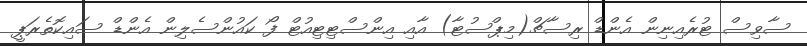
ސާވިސް ޓުރެއިނިން އެންޑް ރިސާޗް(މިޕްސުޓާ) އާއި އިންސްޓިޓިއުޓް ފޯ ކައުންސެލިން އެންޑް ސައިކޮތެރަޕީ